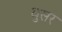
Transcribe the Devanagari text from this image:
धुसर